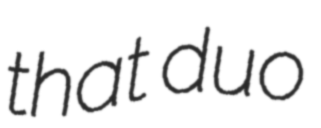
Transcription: that duo